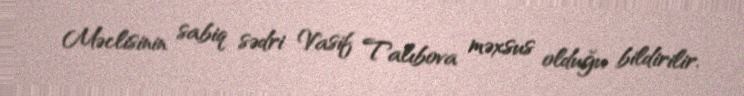
Məclisinin sabiq sədri Vasif Talıbova məxsus olduğu bildirilir.